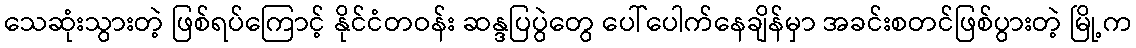
သေဆုံးသွားတဲ့ ဖြစ်ရပ်ကြောင့် နိုင်ငံတဝန်း ဆန္ဒပြပွဲတွေ ပေါ်ပေါက်နေချိန်မှာ အခင်းစတင်ဖြစ်ပွားတဲ့ မြို့က